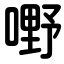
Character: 嘢